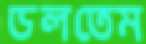
ডলতেম